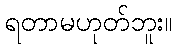
ရတာမဟုတ်ဘူး။